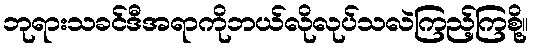
ဘုရားသခင်ဒီအရာကိုဘယ်လိုလုပ်သလဲကြည့်ကြစို့။